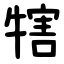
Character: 犗